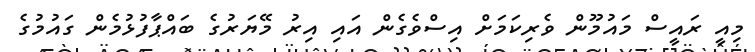
މިއީ ރައީސް މައުމޫން ވެރިކަމަށް އިސްވެގެން އައި އިރު މޭޔަރުގެ ބައްޕާފުޅުމެން ގައުމުގެ